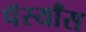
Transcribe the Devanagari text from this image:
पॅस्याँस